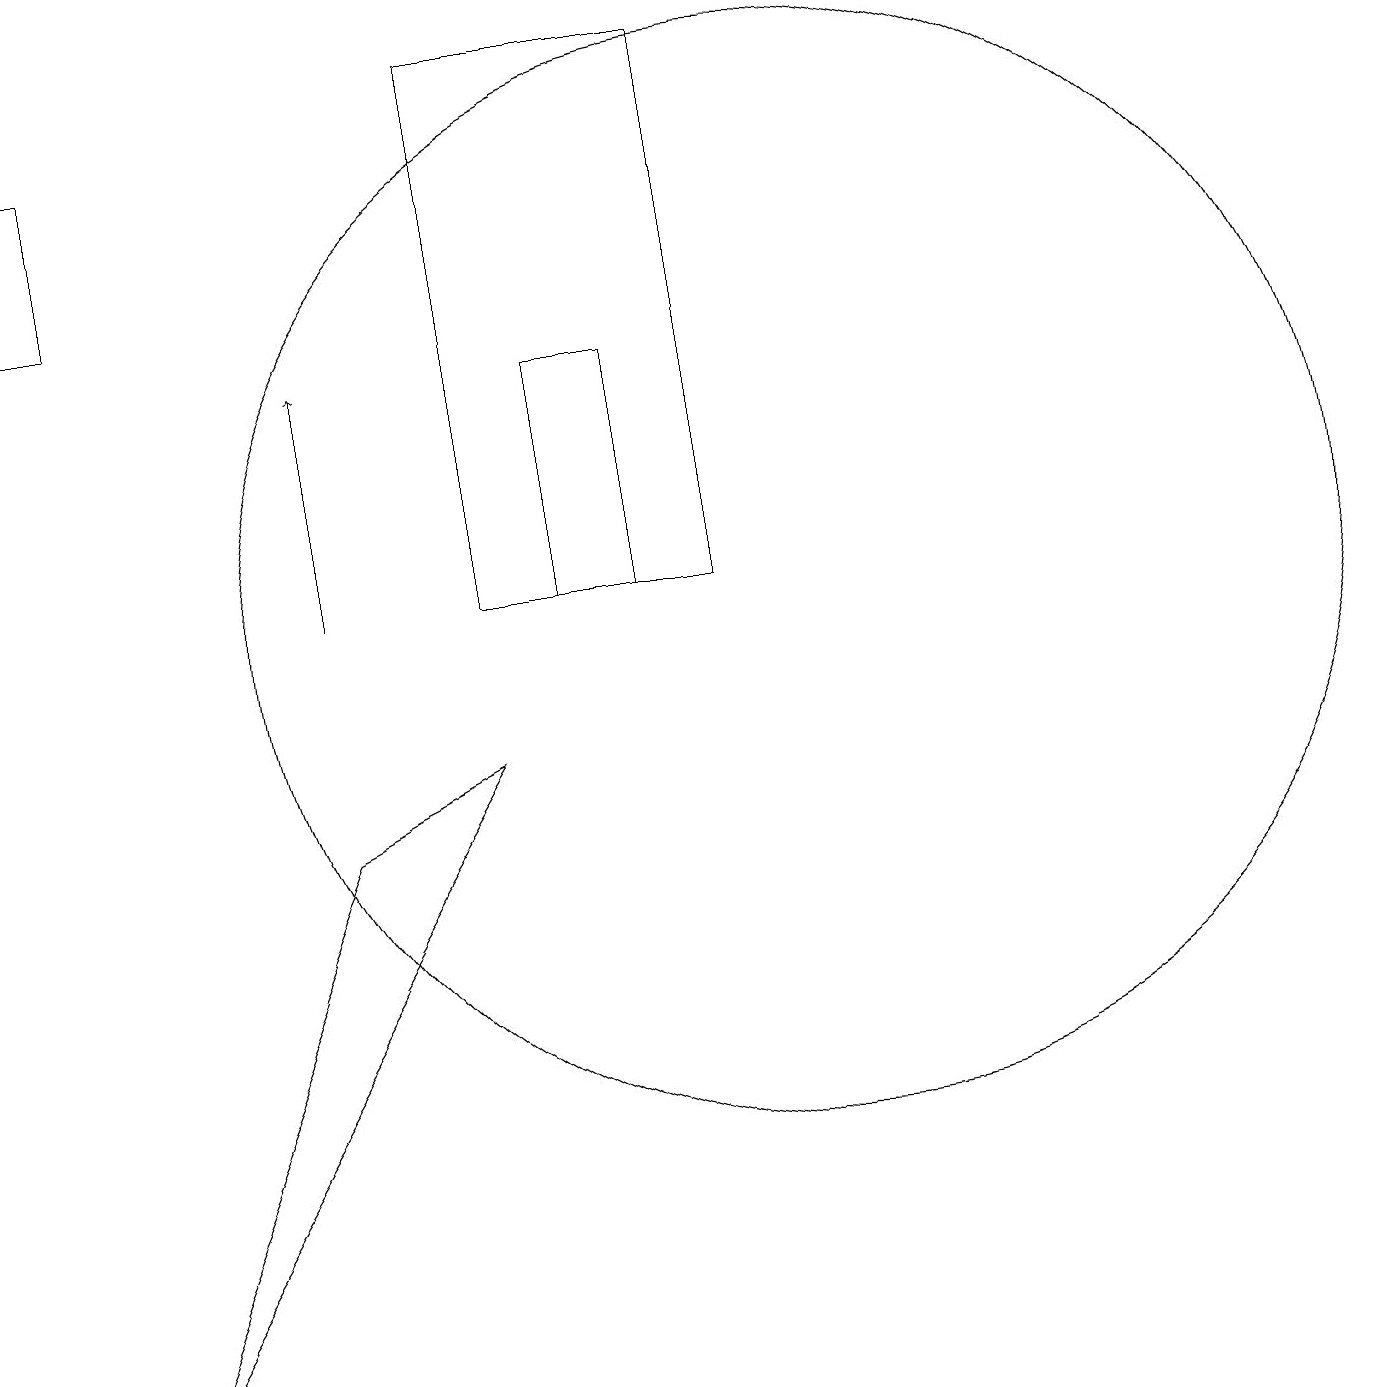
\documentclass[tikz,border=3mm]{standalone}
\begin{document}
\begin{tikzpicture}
\draw (8,11) rectangle (7,14);
\draw (0,17) rectangle (1,15);
\draw (10,11) circle (7);
\draw[->] (4,11) -- (4,14);
\draw (6,18) rectangle (9,11);
\draw (4,8) -- (1,1) -- (6,9) -- cycle;
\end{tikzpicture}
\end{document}